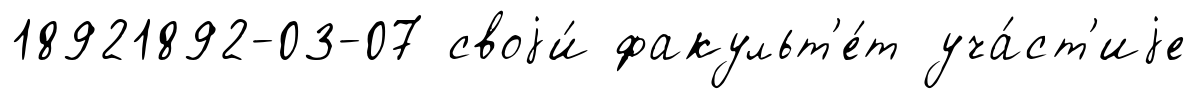
18921892-03-07 своjи́ факульт'е́т уча́ст'иjе